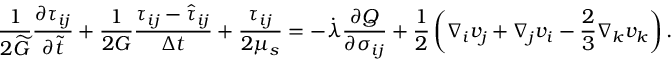
\frac { 1 } { 2 \widetilde { G } } \frac { \partial \tau _ { i j } } { \partial \widetilde { t } } + \frac { 1 } { 2 G } \frac { \tau _ { i j } - \hat { \tau } _ { i j } } { \Delta t } + \frac { \tau _ { i j } } { 2 \mu _ { s } } = - \dot { \lambda } \frac { \partial Q } { \partial \sigma _ { i j } } + \frac { 1 } { 2 } \left( \nabla _ { i } v _ { j } + \nabla _ { j } v _ { i } - \frac { 2 } { 3 } \nabla _ { k } v _ { k } \right) .